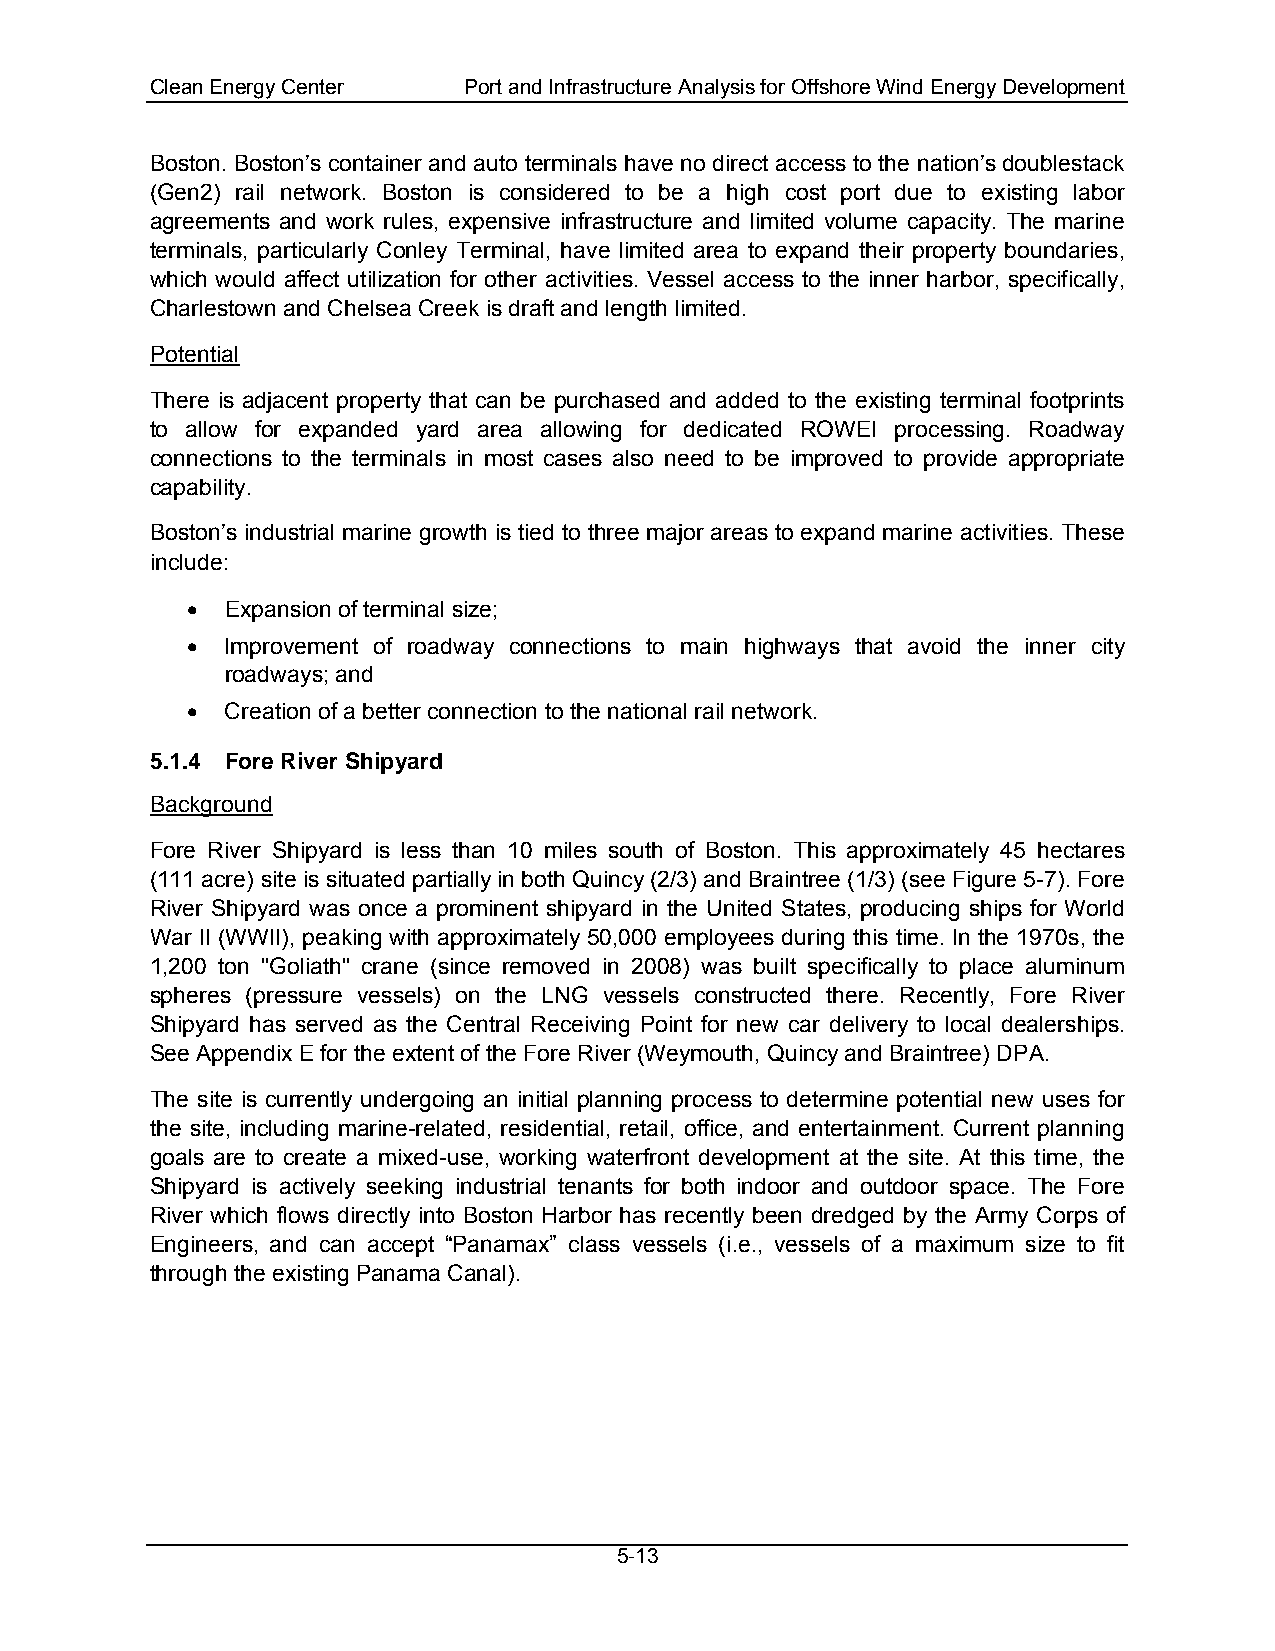
Clean Energy Center  Port and Infrastructure Analysis for Offshore Wind Energy Development
 Boston. Boston’s container and auto terminals have no direct access to the nation’s doublestack
 (Gen2) rail network. Boston is considered to be a high cost port due to existing labor
 agreements and work rules, expensive infrastructure and limited volume capacity. The marine
 terminals, particularly Conley Terminal, have limited area to expand their property boundaries,
 which would affect utilization for other activities. Vessel access to the inner harbor, specifically,
 Charlestown and Chelsea Creek is draft and length limited.
 Potential
 There is adjacent property that can be purchased and added to the existing terminal footprints
 to allow for expanded yard area allowing for dedicated ROWEI processing. Roadway
 connections to the terminals in most cases also need to be improved to provide appropriate
 capability.
 Boston’s industrial marine growth is tied to three major areas to expand marine activities. These
 include:
 •  Expansion of terminal size;
 •  Improvement of roadway connections to main highways that avoid the inner city
 roadways; and
 •  Creation of a better connection to the national rail network.
 5.1.4 Fore River Shipyard
 Background
 Fore River Shipyard is less than 10 miles south of Boston. This approximately 45 hectares
 (111 acre) site is situated partially in both Quincy (2/3) and Braintree (1/3) (see Figure 5-7). Fore
 River Shipyard was once a prominent shipyard in the United States, producing ships for World
 War II (WWII), peaking with approximately 50,000 employees during this time. In the 1970s, the
 1,200 ton "Goliath" crane (since removed in 2008) was built specifically to place aluminum
 spheres (pressure vessels) on the LNG vessels constructed there. Recently, Fore River
 Shipyard has served as the Central Receiving Point for new car delivery to local dealerships.
 See Appendix E for the extent of the Fore River (Weymouth, Quincy and Braintree) DPA.
 The site is currently undergoing an initial planning process to determine potential new uses for
 the site, including marine-related, residential, retail, office, and entertainment. Current planning
 goals are to create a mixed-use, working waterfront development at the site. At this time, the
 Shipyard is actively seeking industrial tenants for both indoor and outdoor space. The Fore
 River which flows directly into Boston Harbor has recently been dredged by the Army Corps of
 Engineers, and can accept “Panamax” class vessels (i.e., vessels of a maximum size to fit
 through the existing Panama Canal).
 5-13